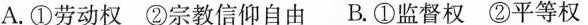
A.①劳动权②宗教信仰自由 B.①监督权②平等权